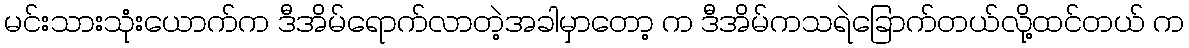
မင်းသားသုံးယောက်က ဒီအိမ်ရောက်လာတဲ့အခါမှာတော့ က ဒီအိမ်ကသရဲခြောက်တယ်လို့ထင်တယ် က